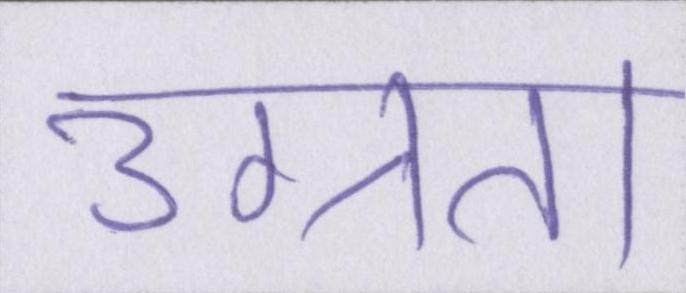
उग्रता